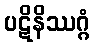
ပဋိနိဿဂ္ဂံ